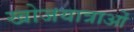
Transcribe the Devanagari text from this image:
खोजयात्राओं